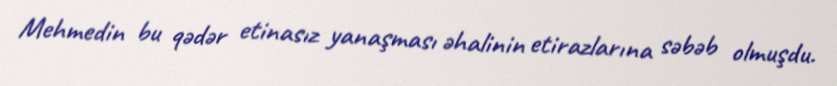
Mehmedin bu qədər etinasız yanaşması əhalinin etirazlarına səbəb olmuşdu.